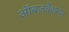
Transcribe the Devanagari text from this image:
ऑबज़र्वेशन्स